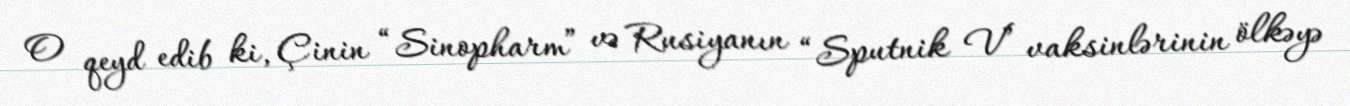
O qeyd edib ki, Çinin “Sinopharm” və Rusiyanın “Sputnik V” vaksinlərinin ölkəyə